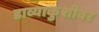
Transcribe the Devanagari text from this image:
डाव्याकुशीवर